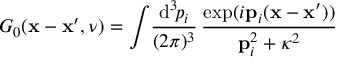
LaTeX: G _ { 0 } ( { \bf x } - { \bf x } ^ { \prime } , \nu ) = \int \! \frac { \mathrm { d } ^ { 3 } \! p _ { i } } { ( 2 \pi ) ^ { 3 } } \, \frac { \exp ( i { \bf p } _ { i } ( { \bf x } - { \bf x } ^ { \prime } ) ) } { { \bf p } _ { i } ^ { 2 } + \kappa ^ { 2 } }